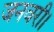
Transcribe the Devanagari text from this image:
जनवरी।